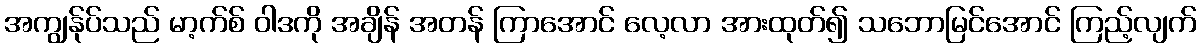
အကျွန်ုပ်သည် မာ့က်စ် ဝါဒကို အချိန် အတန် ကြာအောင် လေ့လာ အားထုတ်၍ သဘောမြင်အောင် ကြည့်လျက်